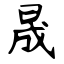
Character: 晟